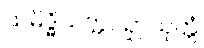
သမိဒ္ဓိသတ္တပဉှာသုတ္တံ